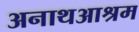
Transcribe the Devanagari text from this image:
अनाथआश्रम